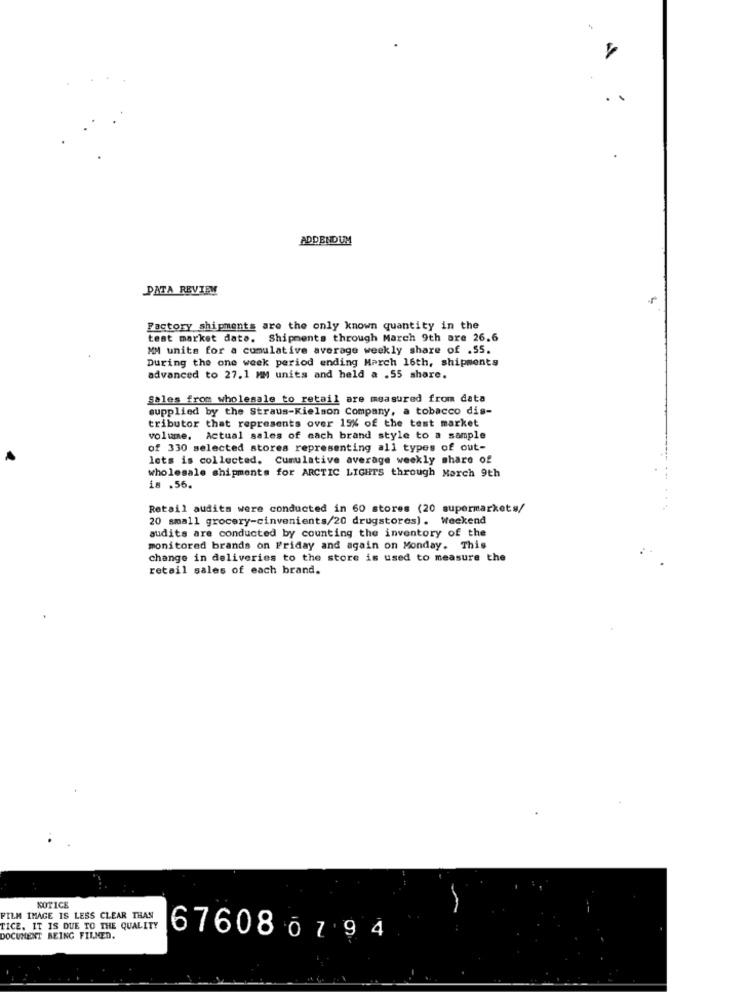
ADDENDUM
PATA REVIEW
L
Factory shipments are the only known quantity in the
test market date. Shipments through March 9th are 26.6
MM units for a cumulative average weekly share of .55.
During the one week period ending March 16th, shipments
advanced to 27.1 MM units and held a .55 share.
Sales from wholesale to retail are measured from data
supplied by the Straus-Kielson Company, a tobacco dis-
tributor that represents over 15% of the test market
volume. Actual sales of each brand style to a sample
of 330 selected stores representing all types of out-
lets is collected. Cumulative average weekly share of
wholesale shipments for ARCTIC LIGHTS through March 9th
18 .56.
Retail audits were conducted in 60 stores (20 supermarkets/
20 small grocery-cinvenients/20 drugstores). Weekend
audits are conducted by counting the inventory of the
monitored brands on Friday and again on Monday. This
change in deliveries to the store is used to measure the
retail sales of each brand.
NOTICE
FILM IMAGE IS LESS CLEAR THAN
TICE. IT IS DUE TO THE QUALITY
DOCUMENT BEING FILMED.
676086794